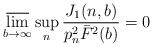
LaTeX: \begin{align*} \varlimsup_{b \rightarrow \infty} \sup_{n} \frac{J_1(n,b)}{p_n^2 \bar{F}^2(b)} = 0 \end{align*}